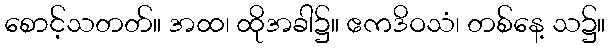
စောင့်သတတ်။ အထ၊ ထိုအခါ၌။ ဧကဒိဝသံ၊ တစ်နေ့ သ၌။